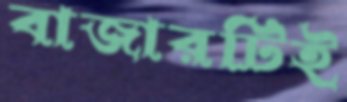
বাজারটিই